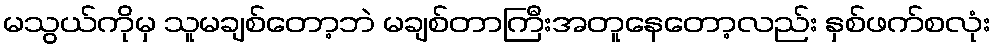
မသွယ်ကိုမှ သူမချစ်တော့ဘဲ မချစ်တာကြီးအတူနေတော့လည်း နှစ်ဖက်စလုံး